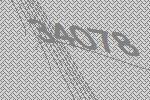
34078